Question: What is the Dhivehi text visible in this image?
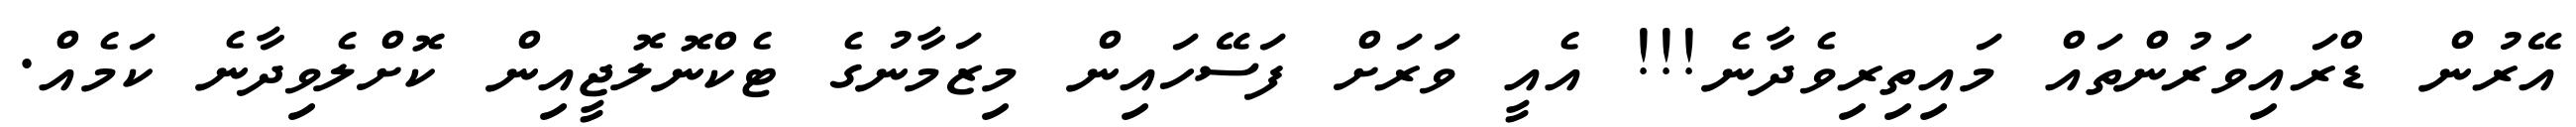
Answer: އޭރުން ޑްރައިވަރުންތައް މައިތިރިވެދާނެ!!! އެއީ ވަރަށް ފަސޭހައިން މިޒަމާނުގެ ޓެކްނޮލޮޖީއިން ކޮށްލެވިދާނެ ކަމެއް.